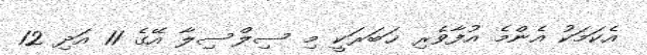
އެކަމަކު އެންމެ އުފާވެރި ޚަބަރަކީ މި ސިލްސިލާ އޭގެ 11 އަދި 12